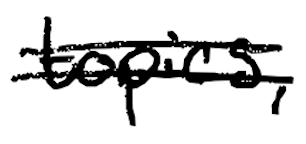
Text: topics,
Cross-out: double-line
Writing tool: digital_black